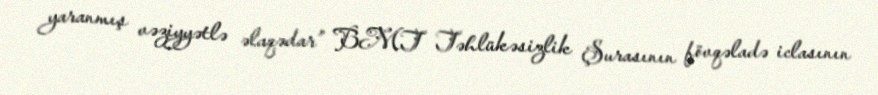
yaranmış vəziyyətlə əlaqədar” BMT Təhlükəsizlik Şurasının fövqəladə iclasının